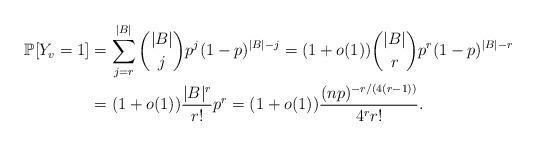
LaTeX: \begin{align*}\mathbb{P}[Y_v=1]&=\sum_{j=r}^{|B|} \binom{|B|}{j}p^{j}(1-p)^{|B|-j}=(1+o(1)) \binom{|B|}{r}p^r(1-p)^{|B|-r}\\&=(1+o(1)) \frac{|B|^r}{r!}p^r=(1+o(1)) \frac{(np)^{-r/(4(r-1))}}{4^r r!}.\end{align*}